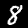
Digit: 8